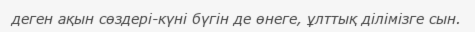
деген ақын сөздері-күні бүгін де өнеге, ұлттық ділімізге сын.